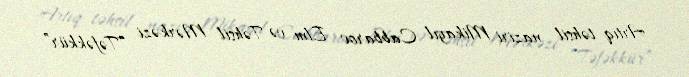
Artıq təhsil naziri Mikayıl Cabbarov Elm və Təhsil Mərkəzi “Təfəkkür”